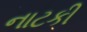
નાટકી